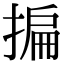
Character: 揙